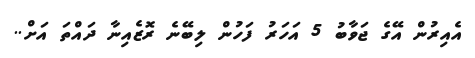
އެއިރުން އޭގެ ޖަވާބު 5 އަހަރު ފަހުން ލިބޭނެ ރޮޒެއިނާ ދައްތަ އަށް..